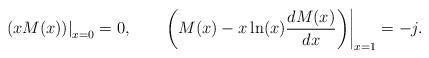
LaTeX: \begin{align*}\left.\left(xM(x)\right)\right|_{x=0}=0, \qquad\left.\left(M(x) -x \ln(x)\frac{d M(x)}{d x}\right)\right|_{x=1}=-j.\end{align*}